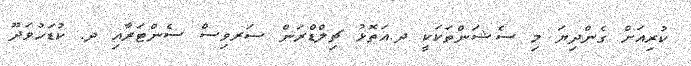
ކުރިއަށް ގެންދިޔަ މި ސެޝަންތަކަކީ ދ.އަތޮޅު ޗިލްޑްރަން ސަރވިސް ސެންޓަރާއި ދ. ކުޑަހުވަދޫ